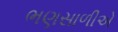
ભણસાળીએ